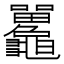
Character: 𪛄